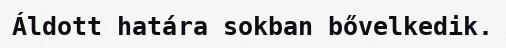
Áldott határa sokban bővelkedik.